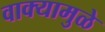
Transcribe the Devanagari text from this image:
वाक्यामुळे